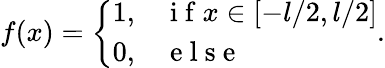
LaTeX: f(x)=\left\{ \begin{array}{ll}{1,}&{\mathrm{~i~f~}x\in[-l/2,l/2]}\\ {0,}&{\mathrm{~e~l~s~e~}}\end{array}\right..